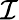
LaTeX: \cal{I}